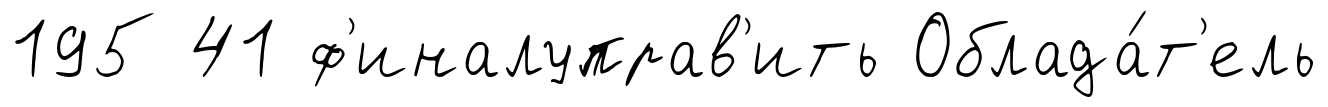
195 41 ф'иналуправ'ить Облада́т'ель